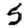
Digit: 5